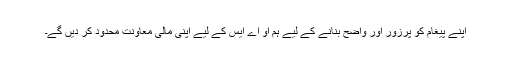
اپنے پیغام کو پُرزور اور واضح بنانے کے لیے ہم او اے ایس کے لیے اپنی مالی معاونت محدود کر دیں گے۔